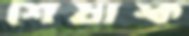
শেষাঙ্ক